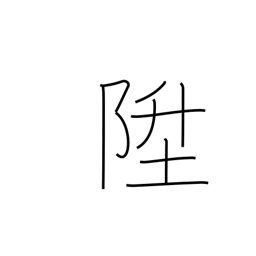
Meaning: go up